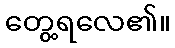
တွေ့ရလေ၏။